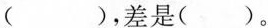
（ ），差是( )。